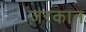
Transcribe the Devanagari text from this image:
ज़रकान